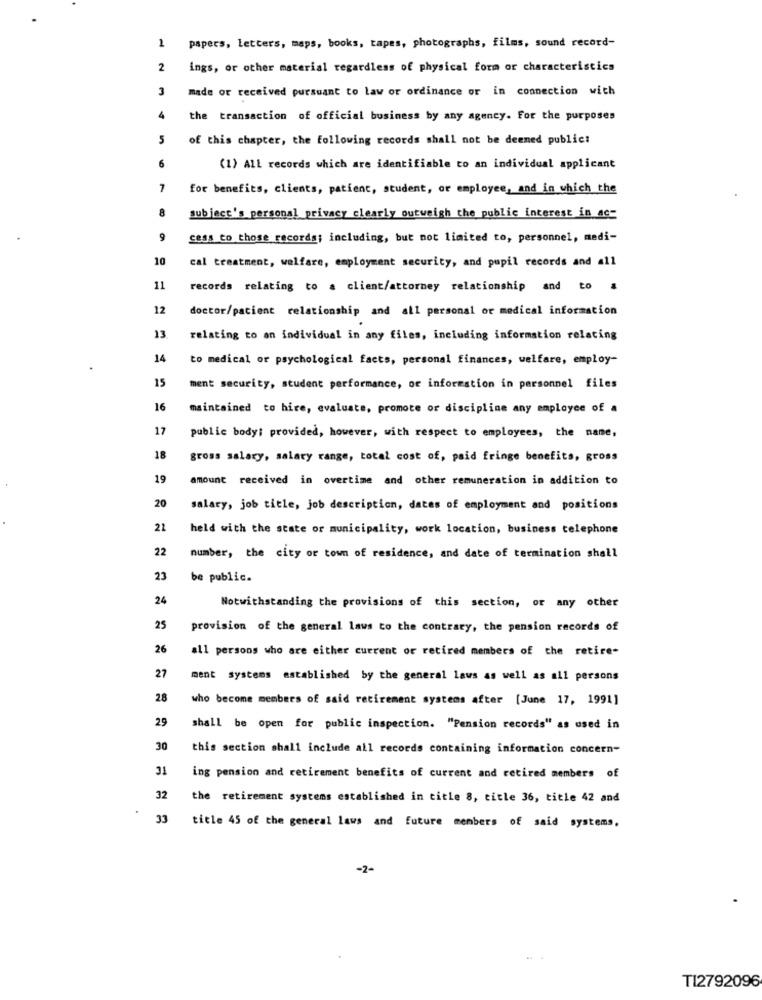
1
papers, Letters, maps, books, tapes, photographs, films, sound record-
2
ings, or other material regardless of physical form or characteristics
3
made or received pursuant to law or ordinance or in connection with
4
the transaction of official business by any agency. For the purposes
5
of this chapter, the following records shall not be deemed public:
6
(1) ALL records which are identifiable to an individual applicant
7
for benefits, clients, patient, student, or employee, and in which the
8
subject's personal privacy clearly outweigh the public interest in ac-
9
cess to those records; including, but not limited to, personnel, medi-
10
cal treatment, welfare, employment security, and pupil records and all
11
records relating to a client/attorney relationship and to a
12
doctor/patient relationship and all personal or medical information
13
relating to an individual in any files, including information relating
14
to medical or psychological facts, personal finances, welfare, employ-
15
ment security, student performance, or information in personnel files
16
maintained to hire, evaluate, promote or discipline any employee of a
17
public body; provided, however, with respect to employees, the name,
18
gross salary, salary range, total cost of, paid fringe benefits, gross
19
amount received in overtime and other remuneration in addition to
20
salary, job title, job description, dates of employment and positions
22
held with the state or municipality, work location, business telephone
22
number, the city or town of residence, and date of termination shall
23
be public.
24
Notwithstanding the provisions of this section, or any other
25
provision of the general laws to the contrary, the pension records of
26
all persons who are either current or retired members of the retire-
27
ment systems established by the general laws as well as all persons
28
who become members of said retirement systems after [June 17, 1991]
29
shall be open for public inspection. "Pension records" as used in
30
this section shall include all records containing information concern-
31
ing pension and retirement benefits of current and retired members of
32
the retirement systems established in title 8, title 36, title 42 and
33
title 45 of the general laws and future members of said systems,
-2-
TI2792096